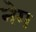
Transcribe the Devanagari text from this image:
नेग